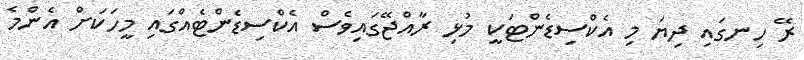
ރޭ ހިނގައި ދިޔަ މި އެކްސިޑެންޓަކީ މުޅި ރާއްޖޭގައިވެސް އެކްސިޑެންޓެއްގައި މީހަކަށް އެންމެ